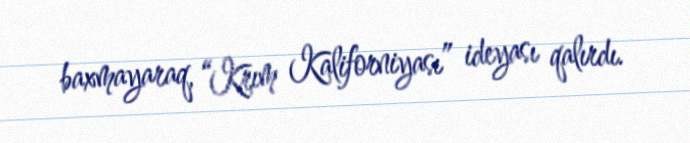
baxmayaraq, “Krım Kaliforniyası” ideyası qalırdı.